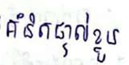
គំនិតផ្ទាល់ខ្លួន